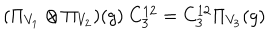
( \Pi _ { V _ { 1 } } \otimes \Pi _ { V _ { 2 } } ) ( g ) \ C _ { 3 } ^ { 1 2 } = C _ { 3 } ^ { 1 2 } \Pi _ { V _ { 3 } } ( g )